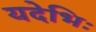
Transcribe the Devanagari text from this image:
यदेभिः